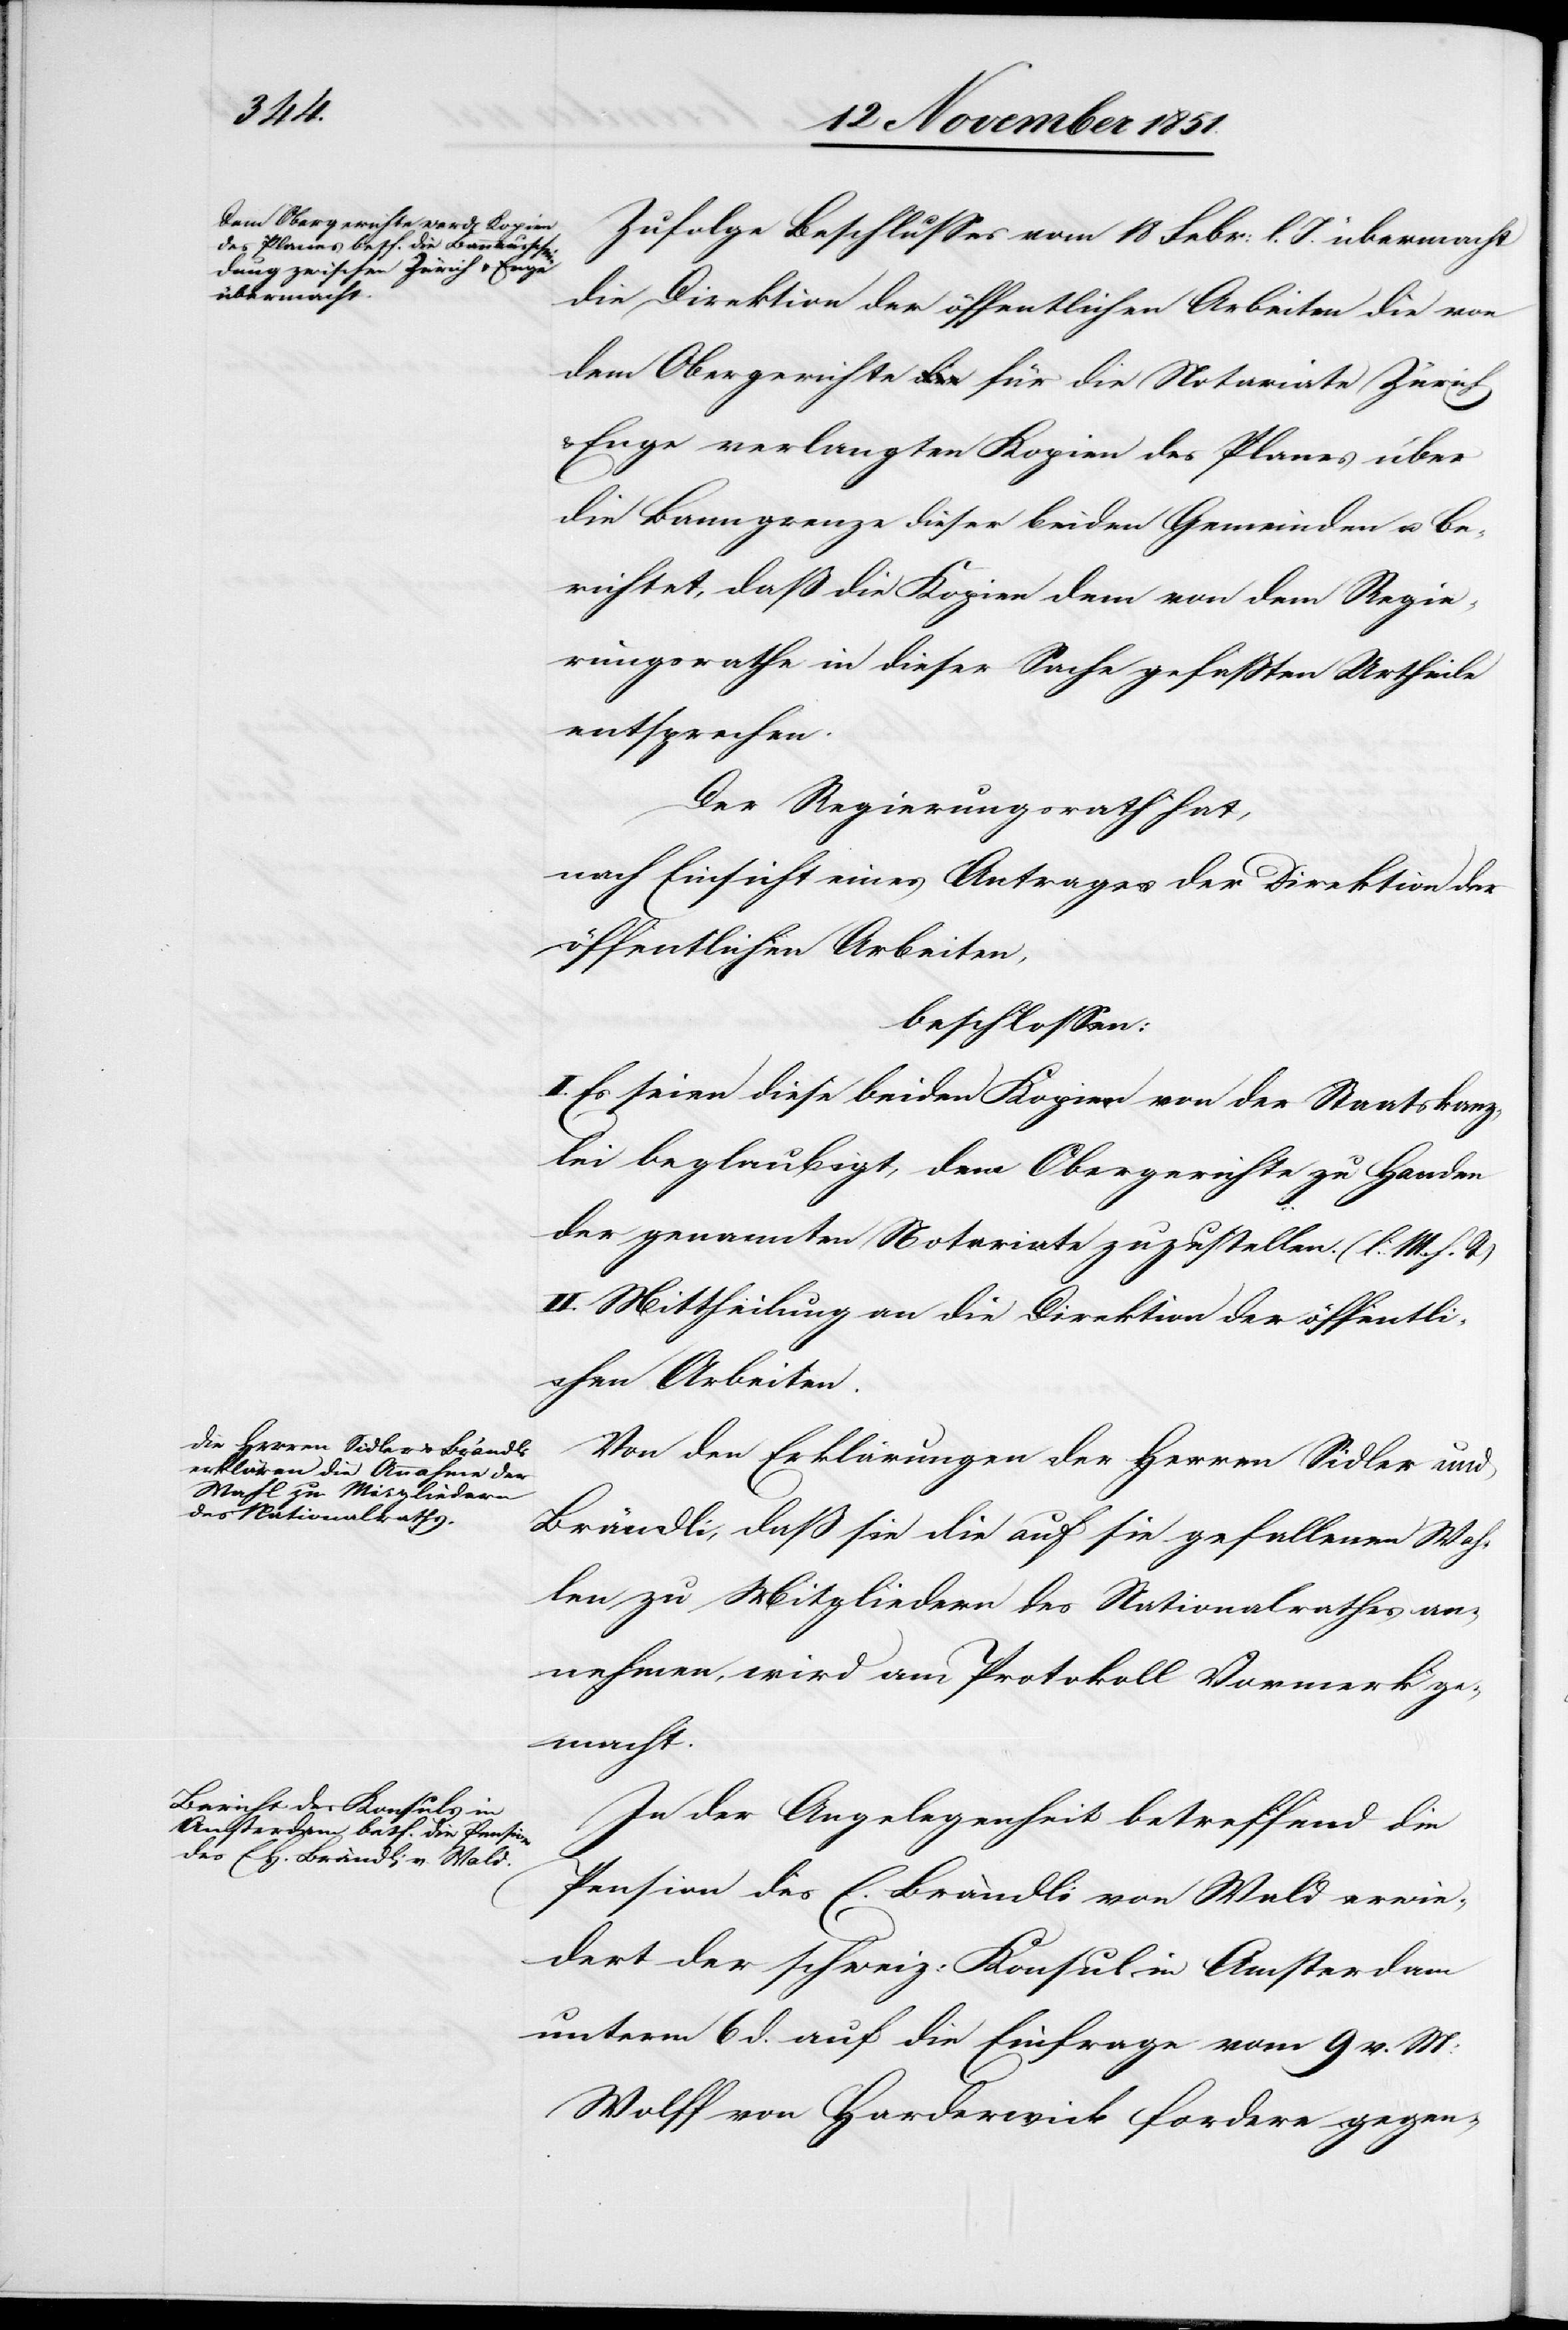
Zufolge Beschlusses vom 18 Febr: l. J. übermacht
die Direktion der öffentlichen Arbeiten die von
dem Obergerichte für die Notariate Zürich
Enge verlangten Kopien des Planes über
die Banngrenze dieser beiden Gemeinden u. be¬
richtet, daß die Kopien dem von dem Regie¬
rungsrathe in dieser Sache gefaßten Urtheile
entsprechen.
Der Regierungsrath hat,
nach Einsicht eines Antrages der Direktion der
öffentlichen Arbeiten,
beschlossen:
I. Es seien diese beiden Kopien von der Staatskanz¬
lei beglaubigt, dem Obergerichte zu Handen
der genannten Notariate zuzustellen. (l. M. h. T)
II. Mittheilung an die Direktion der öffentli¬
chen Arbeiten.
Von den Erklärungen der Herren Sidler und
Brändli, daß sie die auf sie gefallenen Wah¬
len zu Mitgliedern des Nationalrathes an¬
nehmen, wird am Protokoll Vormerk ge¬
macht.
In der Angelegenheit betreffend die
Pension des E. Brändli von Wald erwie¬
dert der schweiz: Konsul in Amsterdam
unterm 6 d. auf die Einfrage vom 9 v. M:
Wolff von Harderwick fordere gegen-